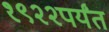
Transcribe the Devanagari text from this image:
१९२२पर्यंत